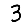
Digit: 3